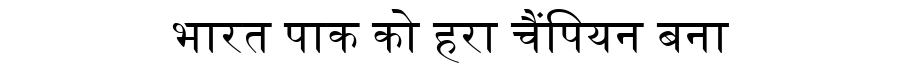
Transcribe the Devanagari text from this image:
भारत पाक को हरा चैंपियन बना